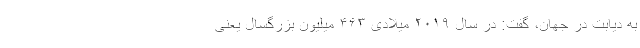
به دیابت در جهان، گفت: در سال ۲۰۱۹ میلادی ۴۶۳ میلیون بزرگسال یعنی